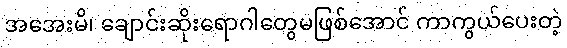
အအေးမိ၊ ချောင်းဆိုးရောဂါတွေမဖြစ်အောင် ကာကွယ်ပေးတဲ့